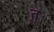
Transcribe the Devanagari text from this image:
त्ः